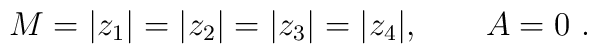
M= |z_1|= |z_2|=|z_3|=  |z_4| , \qquad A=0 \ .